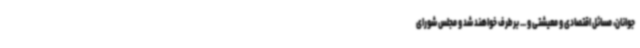
جوانان، مسائل اقتصادی و معیشتی و ... برطرف خواهند شد و مجلس شورای